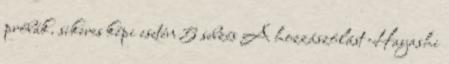
próbák. sikeres képi esetén 5 sebzés A hozzászólást Hayashi